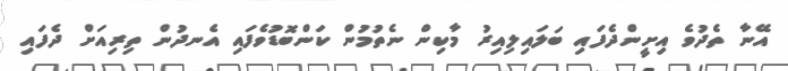
އޭނާ ތެދުވެ އިށީންދެފައި ބަލައިލިއިރު މާކިން ނެތުމުން ކަންބޮޑުވެފައި އެނދުން ތިރިއަށް ދެފައި